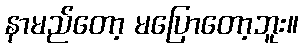
နာမည်တော့ မပြောတော့ဘူး။